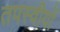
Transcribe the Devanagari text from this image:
तपस्वीयों